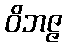
ဝိဘဇ္ဇ